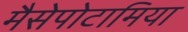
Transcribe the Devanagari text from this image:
मैसेपोटामिया